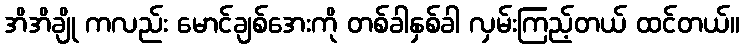
အိအိချို ကလည်း မောင်ချစ်အေးကို တစ်ခါနှစ်ခါ လှမ်းကြည့်တယ် ထင်တယ်။